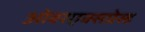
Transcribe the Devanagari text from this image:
ओवरएक्सप्रेस्ड